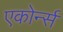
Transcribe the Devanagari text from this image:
एकोर्न्स